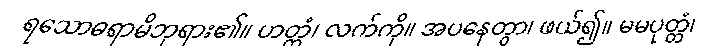
ရသောဓရာမိဘုရား၏။ ဟတ္ထံ၊ လက်ကို။ အပနေတွာ၊ ဖယ်၍။ မမပုတ္တံ၊